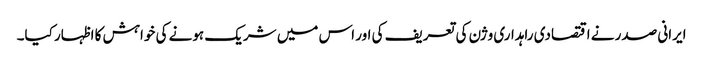
ایرانی صدر نے اقتصادی راہداری وژن کی تعریف کی اور اس میں شریک ہونے کی خواہش کا اظہار کیا۔